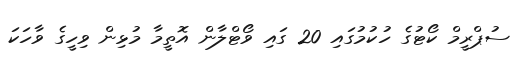
ސުޕްރީމް ކޯޓުގެ ހުކުމުގައި 20 ގައި ވޯޓްލާން އޮތީމާ މުޅިން ވިހީގެ ވާހަކަ